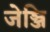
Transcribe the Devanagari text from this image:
जेञ्जि